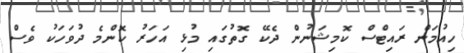
ހިއުމަން ރައިޓްސް ކޮމިޝަނުން ދެކޭ ގޮތުގައި މުޅި އަހަރު ކޮންމެ ދުވަހަކު ވެސް